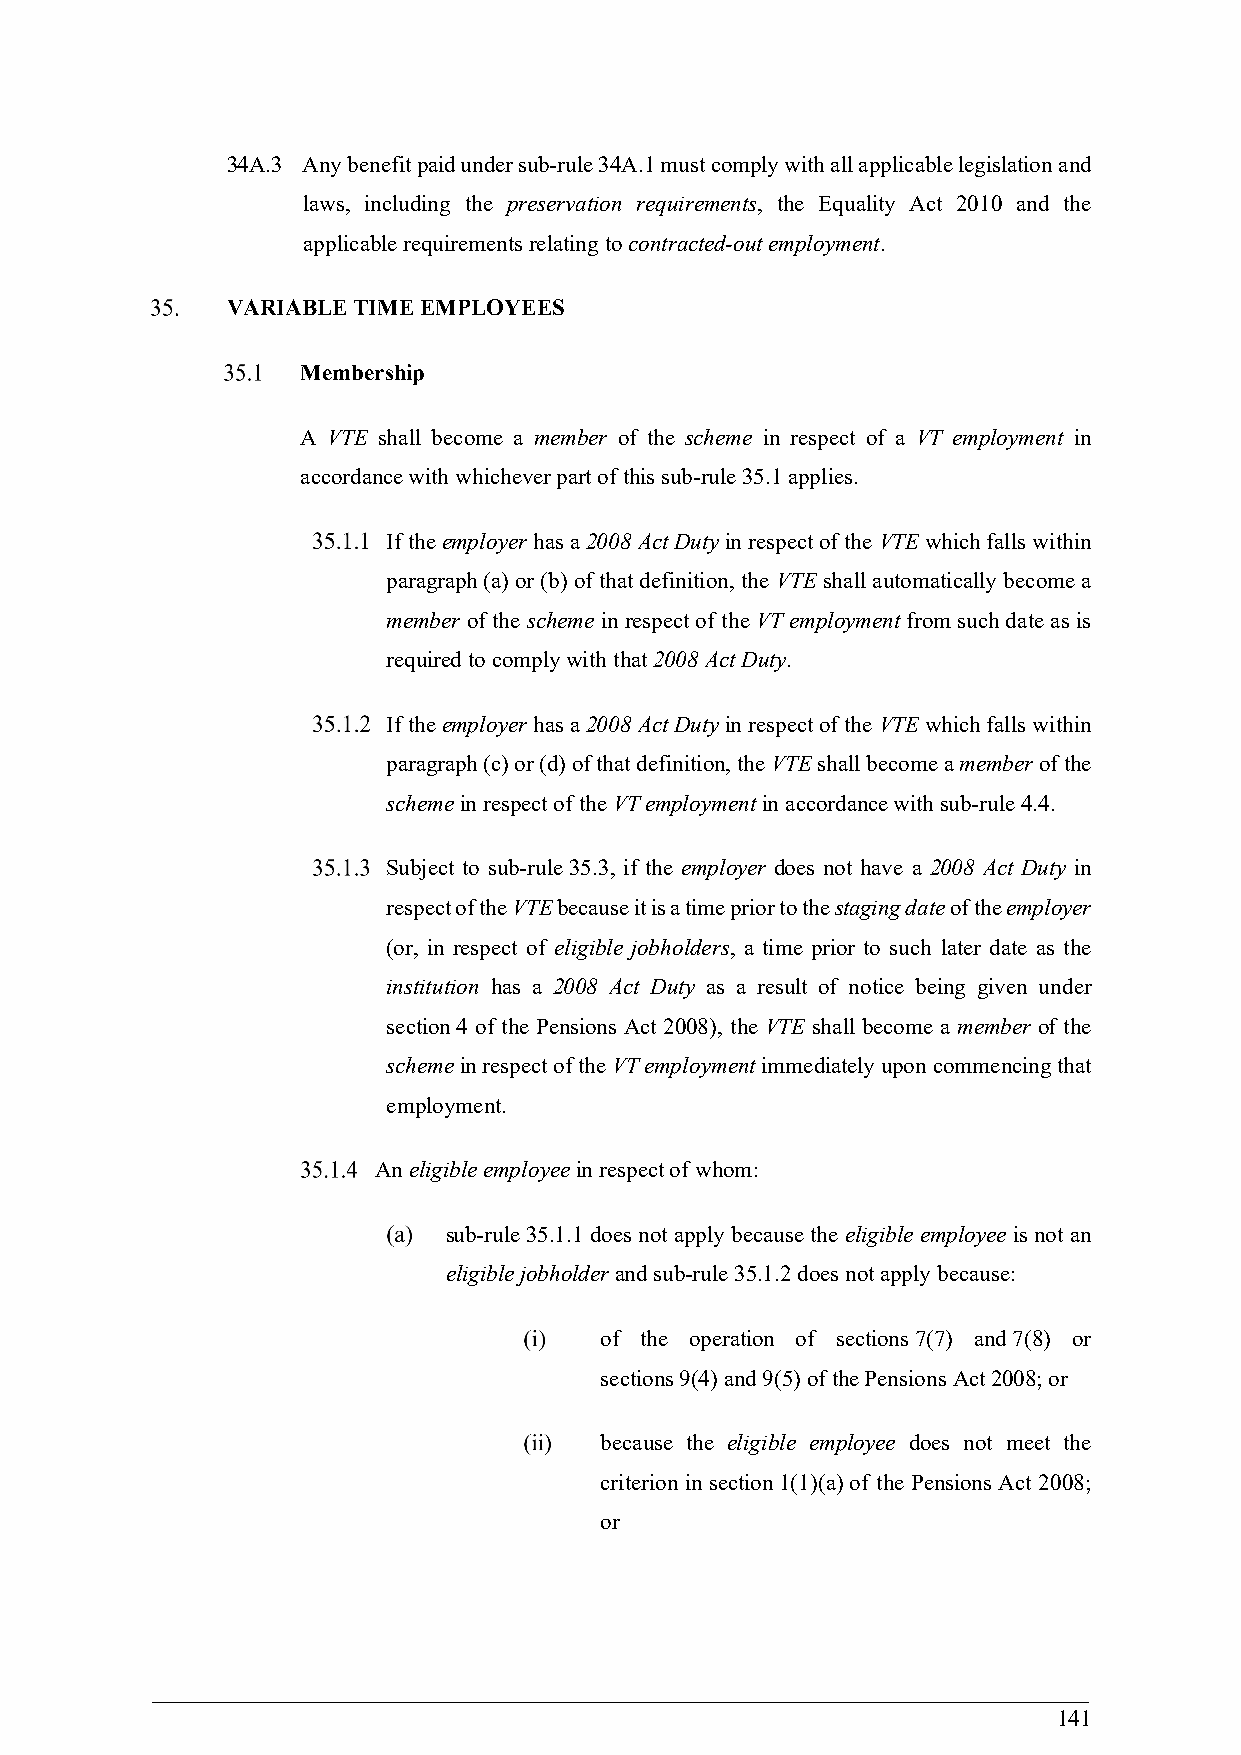
34A.3 Any benefit paid under sub-rule 34A.1 must comply with all applicable legislation and
 laws, including the preservation requirements, the Equality Act 2010 and the
 applicable requirements relating to contracted-out employment.
 VARIABLE TIME EMPLOYEES
 Membership
 A VTE shall become a member of the scheme in respect of a VT employment in
 accordance with whichever part of this sub-rule 35.1 applies.
 If the employer has a 2008 Act Duty in respect of the VTE which falls within
 paragraph (a) or (b) of that definition, the VTE shall automatically become a
 member of the scheme in respect of the VT employment from such date as is
 required to comply with that 2008 Act Duty.
 If the employer has a 2008 Act Duty in respect of the VTE which falls within
 paragraph (c) or (d) of that definition, the VTE shall become a member of the
 scheme in respect of the VT employment in accordance with sub-rule 4.4.
 Subject to sub-rule 35.3, if the employer does not have a 2008 Act Duty in
 respect of the VTE because it is a time prior to the staging date of the employer
 (or, in respect of eligible jobholders, a time prior to such later date as the
 institution has a 2008 Act Duty as a result of notice being given under
 section 4 of the Pensions Act 2008), the VTE shall become a member of the
 scheme in respect of the VT employment immediately upon commencing that
 employment.
 An eligible employee in respect of whom:
 sub-rule 35.1.1 does not apply because the eligible employee is not an
 eligible jobholder and sub-rule 35.1.2 does not apply because:
 of the operation of sections 7(7) and 7(8) or
 sections 9(4) and 9(5) of the Pensions Act 2008; or
 because the eligible employee does not meet the
 criterion in section 1(1)(a) of the Pensions Act 2008;
 or
 141